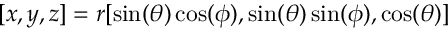
[ x , y , z ] = r [ \sin ( \theta ) \cos ( \phi ) , \sin ( \theta ) \sin ( \phi ) , \cos ( \theta ) ]